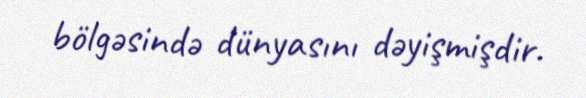
bölgəsində dünyasını dəyişmişdir.